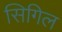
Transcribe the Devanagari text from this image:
सिगिल